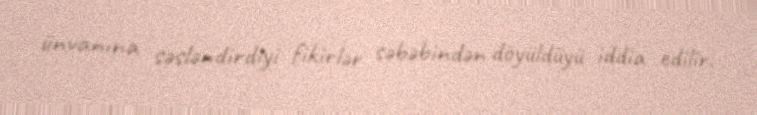
ünvanına səsləndirdiyi fikirlər səbəbindən döyüldüyü iddia edilir.